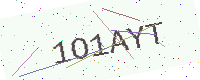
Text: 1O1AYT